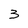
Character: 3